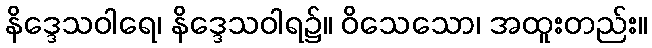
နိဒ္ဒေသဝါရေ၊ နိဒ္ဒေသဝါရ၌။ ဝိသေသော၊ အထူးတည်း။